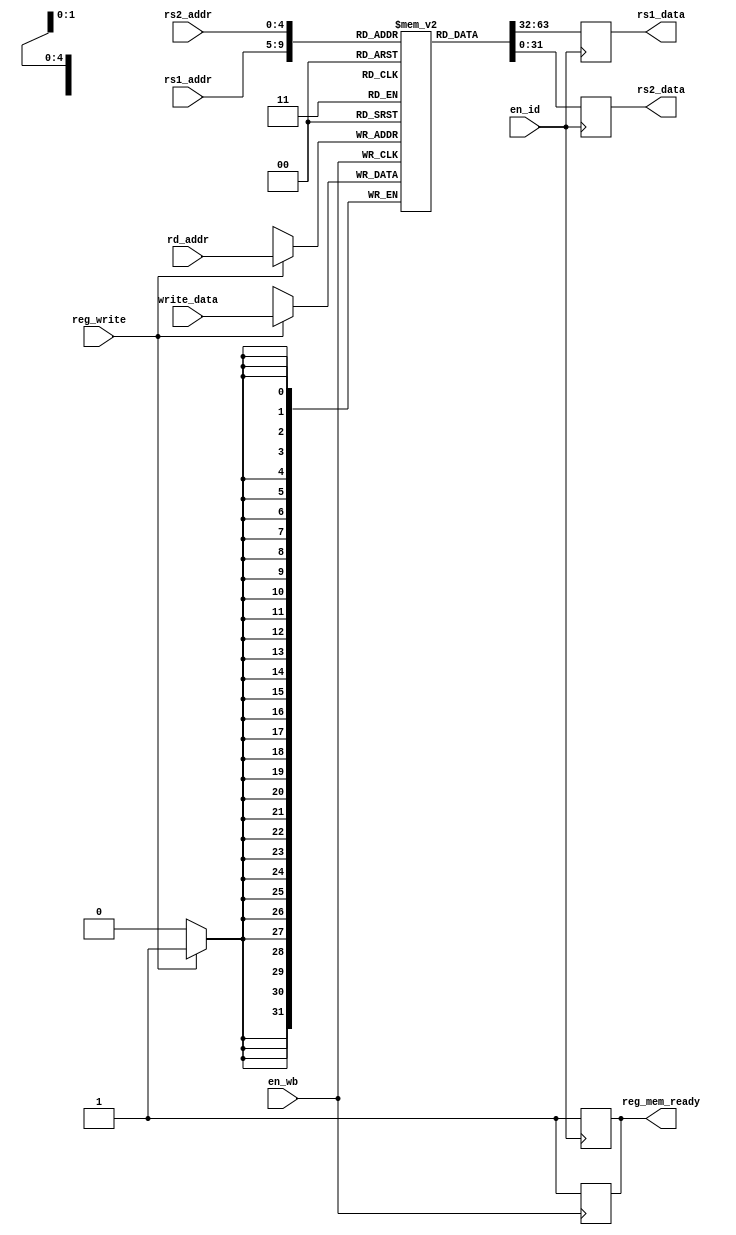
`timescale 1ns / 1ps
//////////////////////////////////////////////////////////////////////////////////
/*
The register memory module, triggered by the positive edge of the ID clock and WB clock at two point within an instruction
Functions:  Reads the operands from the register file and send tjem out to the ALU 
            Writes one of the the outputs of the ALU, data from memory or the program counter to the register file
Inputs:     5-bit source operand register numbers 
            5-bit destination register number 
            32-bit data to write to the register file
            Control bit for reg-write
Outputs:    The data from the register file, sent to the next stage, the ALU
*/ 
//////////////////////////////////////////////////////////////////////////////////


module register_memory(
    input en_id,
    input en_wb,
    input reg_write,
    input [4:0] rs1_addr,
    input [4:0] rs2_addr,
    input [4:0] rd_addr,
    input [31:0] write_data,
    output reg [31:0] rs1_data,
    output reg [31:0] rs2_data,
    output reg reg_mem_ready
    );
    
    parameter reg_count = 31; // number of registers - 1
    reg [31:0] reg_ram [reg_count:0]; // creating memory
    
    // initialize the value in the first register as zero
    initial 
    begin
        reg_ram[0] = 32'b0;
    end
    
    // output reg data to the output buses to send to the ALU
    always @(posedge en_id)    
        begin
            reg_mem_ready <= 1'b0;
            rs1_data<=reg_ram[rs1_addr];
            rs2_data<=reg_ram[rs2_addr];  
            reg_mem_ready <= 1'b1;
        end
    
    // write the data to the destination register
    always @(posedge en_wb)
        begin
            reg_mem_ready <= 1'b0;
            if(reg_write==1'b1)    
                begin
                    reg_ram[rd_addr] <= write_data;
                end
            reg_mem_ready <= 1'b1;
        end
endmodule